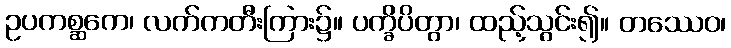
ဥပကစ္ဆကေ၊ လက်ကတီးကြား၌။ ပက္ခိပိတွာ၊ ထည့်သွင်း၍။ တဿေဝ၊